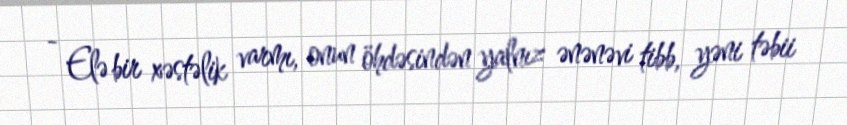
- Elə bir xəstəlik varmı, onun öhdəsindən yalnız ənənəvi tibb, yəni təbii